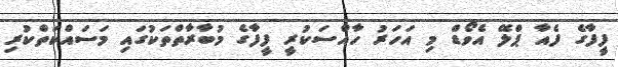
ފީފާގެ ފެއާ ޕްލޭ އެވޯޑް މި އަހަރު ހާއްސަކުރީ ފީފާގެ މުބާރާތްތަކުގައި މަސައްކަތްކުރި